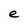
Character: e